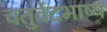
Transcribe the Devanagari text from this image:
चतुर्वेदभाष्य